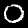
Digit: 0